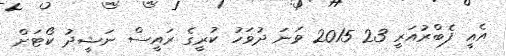
އެއީ ފެބްރުއަރީ 23 2015 ވަނަ ދުވަހު ކުރީގެ ރައީސް ނަޝީދު ކޯޓަށް